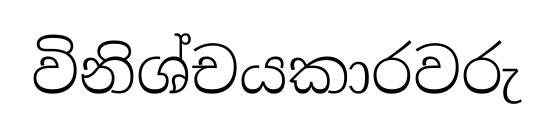
විනිශ්චයකාරවරු